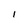
Character: I